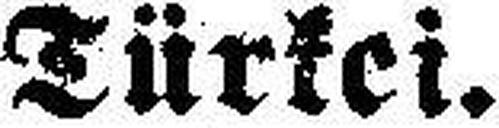
Türkei.